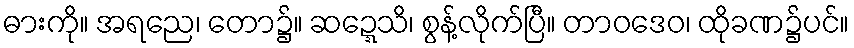
ဓားကို။ အရညေ၊ တော၌။ ဆဍ္ဍေသိ၊ စွန့်လိုက်ပြီ။ တာဝဒေဝ၊ ထိုခဏ၌ပင်။